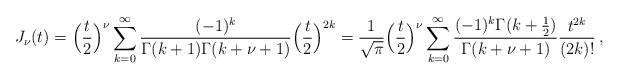
LaTeX: \begin{align*}J_{\nu}(t)=\Big(\frac{t}{2}\Big)^{\nu} \sum_{k=0}^\infty \frac{(-1)^k}{\Gamma(k+1)\Gamma(k+\nu+1)}\Big(\frac{t}{2}\Big)^{2k}=\frac{1}{\sqrt{\pi}}\Big(\frac{t}{2}\Big)^{\nu} \sum_{k=0}^\infty \frac{(-1)^k\Gamma(k+\frac{1}{2})}{\Gamma(k+\nu+1)}\frac{t^{2k}}{(2k)!}\,,\end{align*}